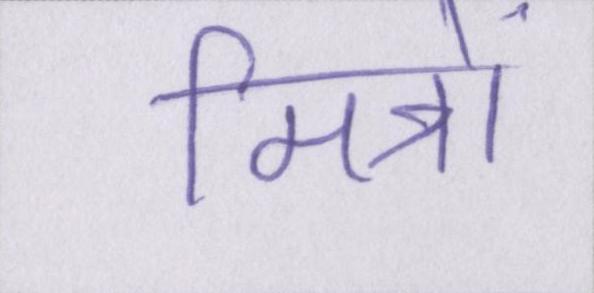
मित्रों